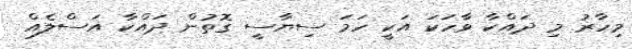
މިހާރު މި ދައްކާ ވާހަކަ އަކީ ހަމަ ސިޔާސީ ގޮތުން ދައްކާ އަސްލެއް